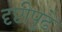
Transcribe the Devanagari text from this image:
दृष्टीपुढे